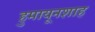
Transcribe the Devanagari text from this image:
हुमायूनशाह